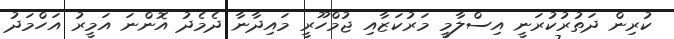
ކުރިން ދަތުރުކުރަނީ އިސްލާމީ މަރުކަޒާއި ޖުމްހޫރީ މައިދާނާ ދެމެދު އޮންނަ އަމީރު އަހްމަދު